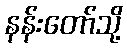
နန်းတော်သို့